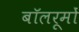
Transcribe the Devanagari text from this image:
बॉलरूमों